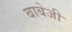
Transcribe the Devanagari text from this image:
बाबेजी